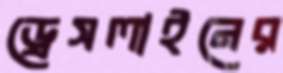
ড্রেসলাইনের